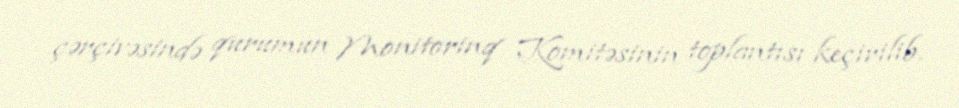
çərçivəsində qurumun Monitorinq Komitəsinin toplantısı keçirilib.